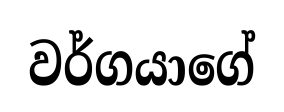
වර්ගයාගේ